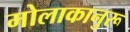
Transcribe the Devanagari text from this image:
मोलाकानुरू